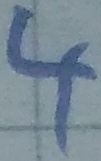
Text: 4